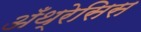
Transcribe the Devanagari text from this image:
अँथ्रेसिस